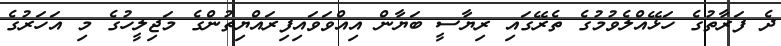
ދެ ފަރާތުގެ ހަޅޭއްލެވުމުގެ ތެރޭގައި ރިޔާސީ ބަޔާން އިއްވަވައިފިރައްޔިތުންގެ މަޖިލީހުގެ މި އަހަރުގެ